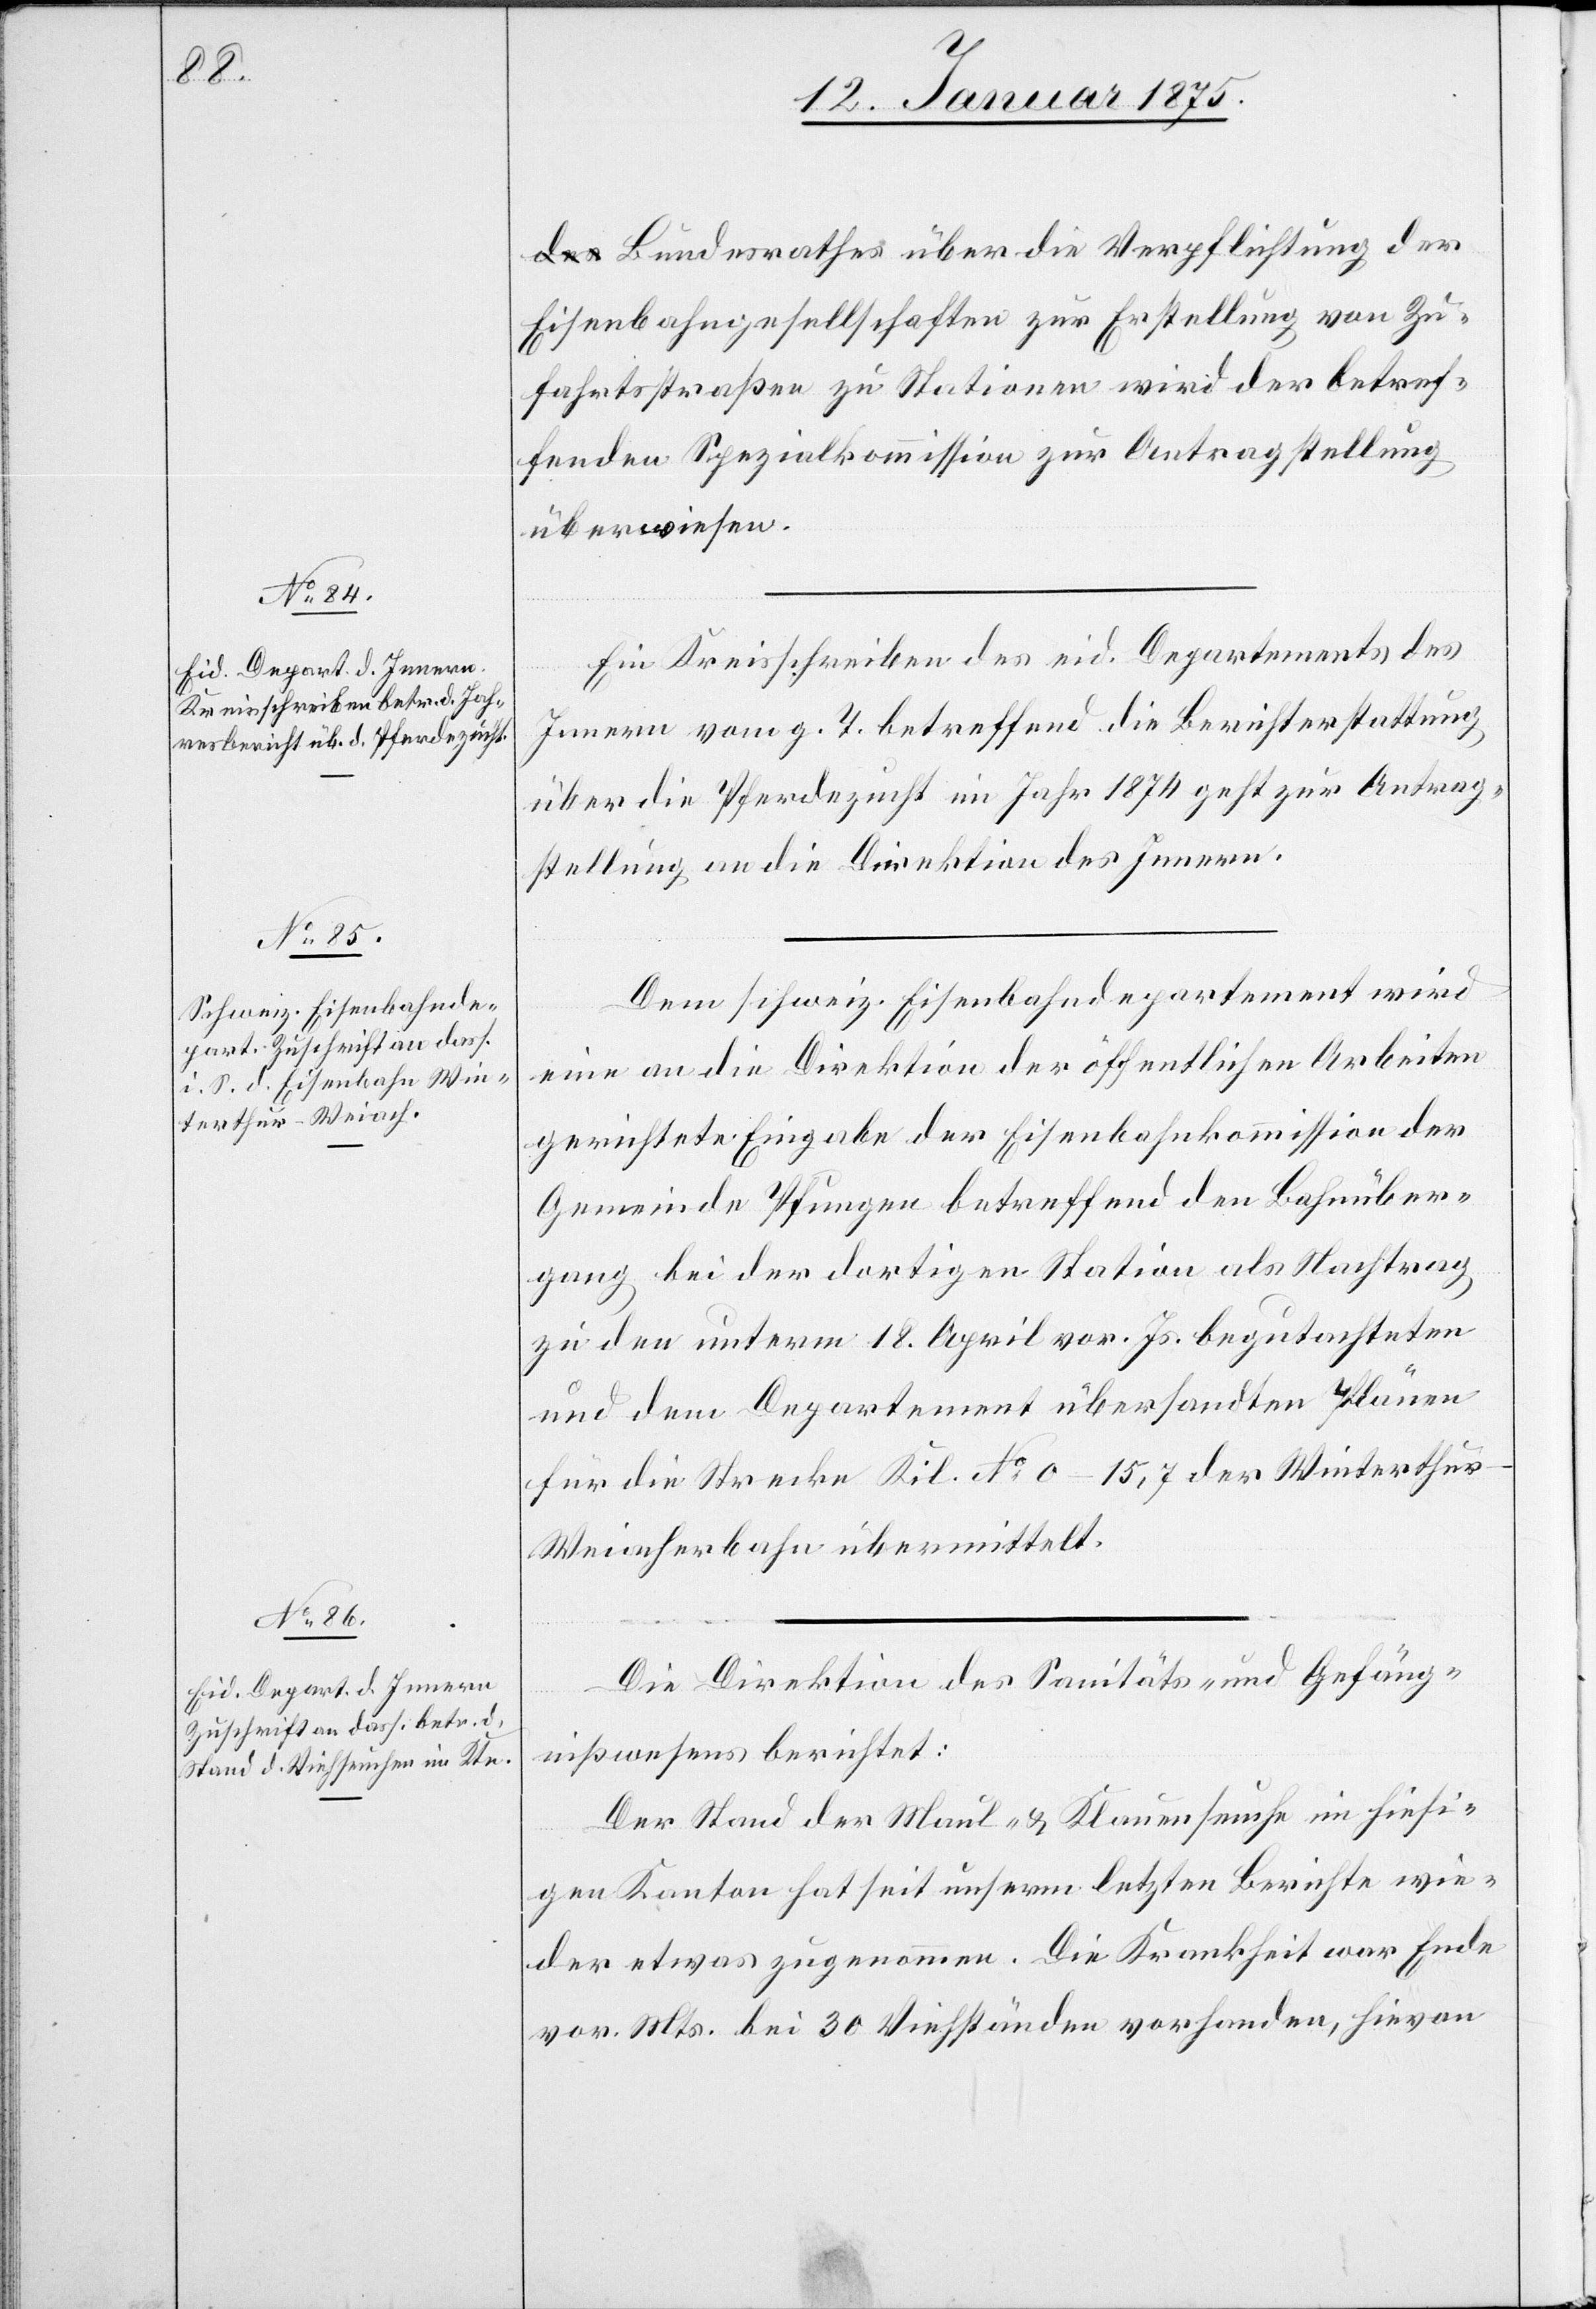
15.
Januar 1875]
Bundesrathes über die Verpflichtung der
Eisenbahngesellschaften zur Erstellung von Zu¬
fahrtsstraßen zu Stationen wird der betref¬
fenden Spezialkommission zur Antragstellung
überwiesen.
Ein Kreisschreiben des eidg. Departements des
Innern vom g. T. betreffend die Berichterstattung
über die Pferdezucht im Jahr 1874 geht zur Antrag¬
stellung an die Direktion des Innern.
Dem schweiz. Eisenbahndepartement wird
eine an die Direktion der öffentlichen Arbeiten
gerichtete Eingabe der Eisenbahnkommission der
Gemeinde Pfungen betreffend den Bahnüber¬
gang bei der dortigen Station als Nachtrag
zu den unterm 18. April vor. Js. begutachteten
und dem Departement übersandten Pläne
für die Strecke Kil. No 0_15,7 der Winterthu¬
r–Weiacherbahn übermittelt.
Die Direktion des Sanitäts- und Gefäng¬
nißwesen berichtet:
Der Stand der Maul- & Klauenseuche im hiesi¬
gen Kanton hat seit unserm letzten Berichte wie¬
der etwas zugenommen. Die Krankheit war Ende
vor. Mts. bei 30 Viehständen vorhanden, hievon